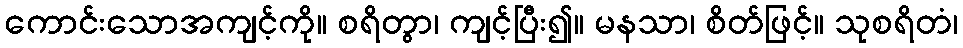
ကောင်းသောအကျင့်ကို။ စရိတွာ၊ ကျင့်ပြီး၍။ မနသာ၊ စိတ်ဖြင့်။ သုစရိတံ၊